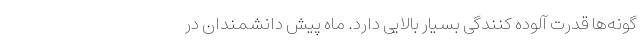
گونه‌ها قدرت آلوده کنندگی بسیار بالایی دارد. ماه پیش دانشمندان در